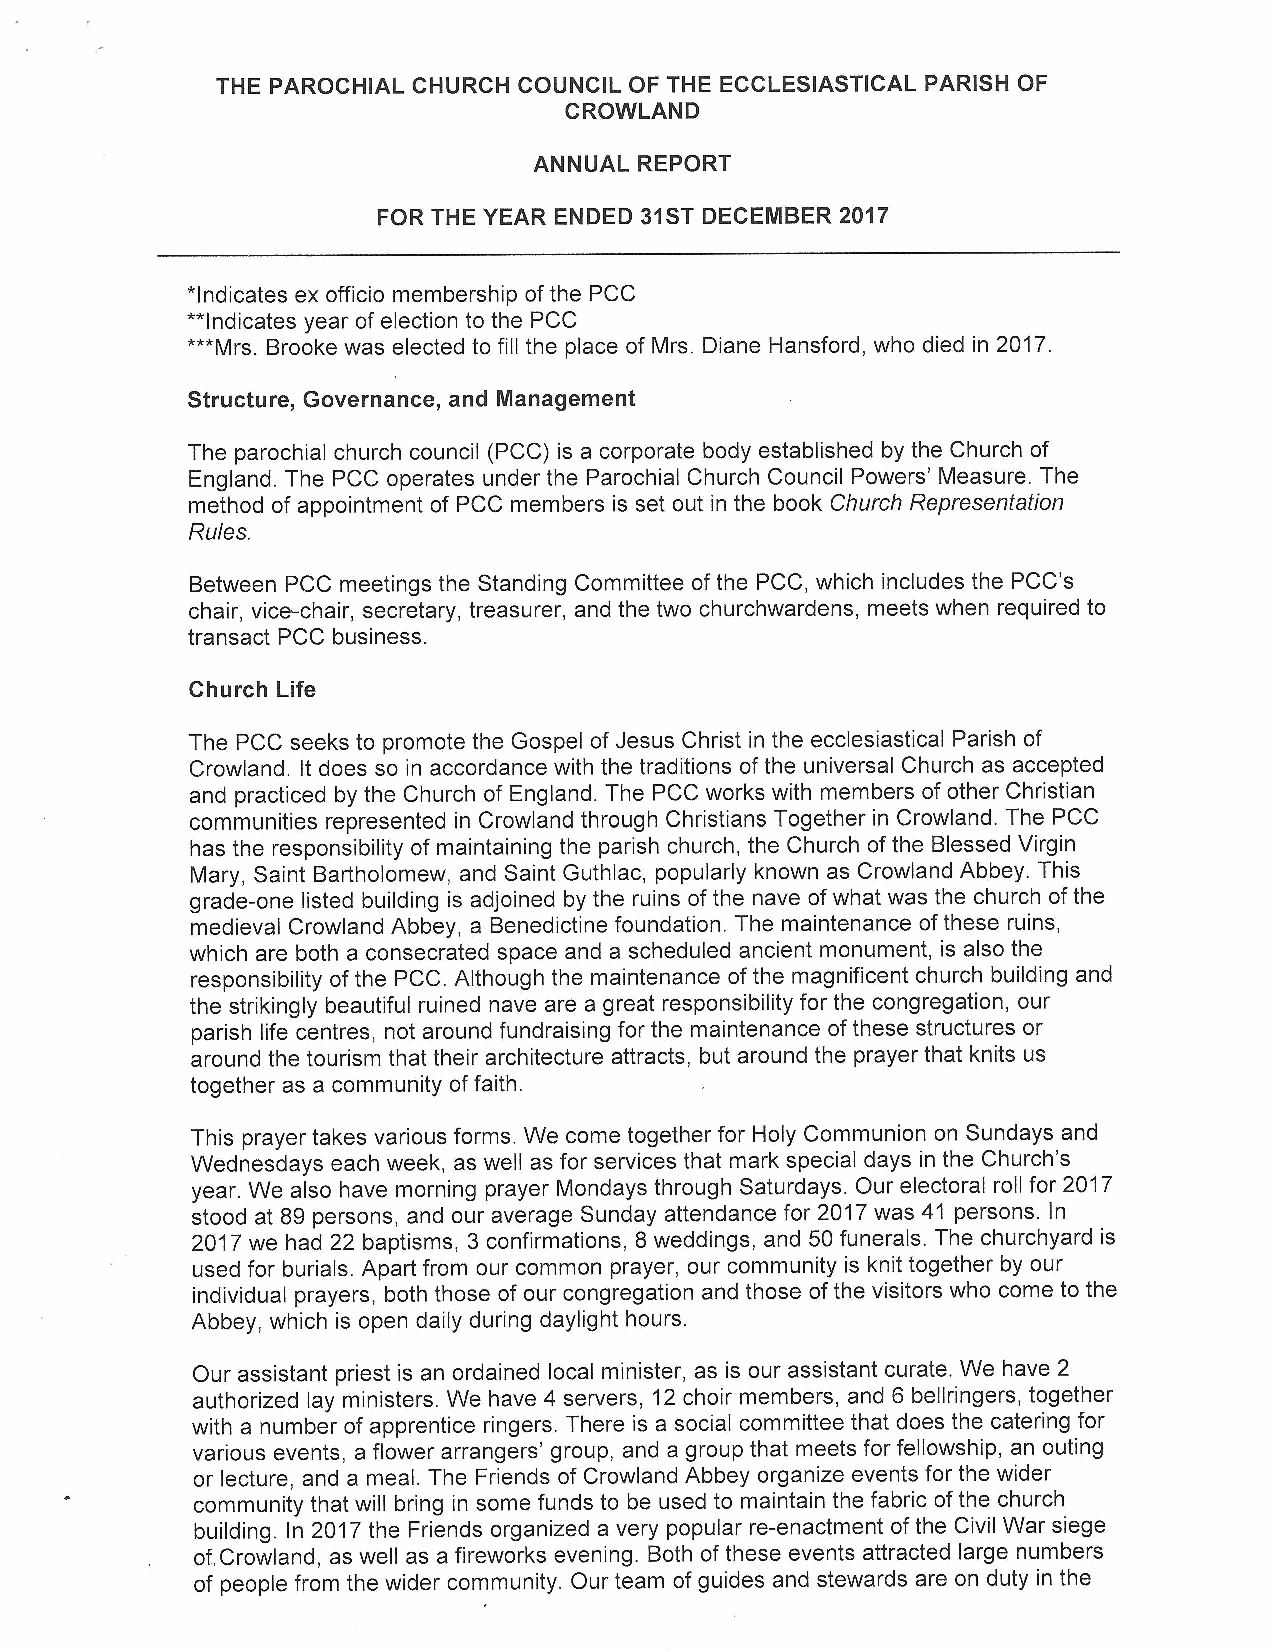
THE PAROCHIAL CHURCH COUNCIL OF THE ECCLESIASTICAL PARISH OF
 CROWLAND
 ANNUAL REPORT
 FOR THE YEAR ENDED 31STDECEMBER 2017
 *Indicates ex officio membership of the PCC
 **Indicates year of election to the PCC
 ***Mrs.Brooke was elected to fill the place of Mrs. Diane Hansford, who died in 2017.
 Structure, Governance, and Management
 The parochial church council (PCC) is a corporate body established by the Church of
 England. The PCC operates under the Parochial Church Council Powers' Measure. The
 method of appointment of PCC members is set out in the book Church Representation
 Ru/es.
 Between PCC meetings the Standing Committee of the PCC, which includes the PCC's
 chair, vice-chair, secretary, treasurer, and the two churchwardens, meets when required to
 transact PCC business.
 Church Life
 The PCC seeks to promote the Gospel of Jesus Christ in the ecclesiastical Parish of
 Crowland. It does so in accordance with the traditions of the universal Church as accepted
 and practiced by the Church of England. The PCC works with members of other Christian
 communities represented in Crowland through Christians Together in Crowland. The PCC
 has the responsibility of maintaining the parish church, the Church ofthe Blessed Virgin
 Mary, Saint Bartholomew, and Saint Guthlac, popularly known as Crowland Abbey. This
 grade-one listed building is adjoined by the ruins of the nave ofwhat was the church ofthe
 medieval Crowland Abbey, a Benedictine foundation. The maintenance ofthese ruins,
 which are both a consecrated space and a scheduled ancient monument, is also the
 responsibility of the PCC. Although the maintenance of the magnificent church building and
 the strikingly beautiful ruined nave are a great responsibility for the congregation, our
 parish life centres, not around fundraising for the maintenance ofthese structures or
 around the tourism that their architecture attracts, but around the prayer that knits us
 together as a community offaith.
 This prayer takes various forms. We come together for Holy Communion on Sundays and
 Wednesdays each week, as well as for services that mark special days in the Church's
 year. We also have morning prayer Mondays through Saturdays. Our electoral roll for 2017
 stood at 89 persons, and our average Sunday attendance for 2017was 41 persons. In
 2017we had 22 baptisms, 3 confirmations, 8 weddings, and 50 funerals. The churchyard is
 used for burials. Apart from our common prayer, our community is knit together by our
 individual prayers, both those of our congregation and those ofthe visitors who come to the
 Abbey, which is open daily during daylight hours.
 Our assistant priest is an ordained local minister, as is our assistant curate. We have 2
 authorized lay ministers. We have 4 servers, 12 choir members, and 6 bellringers, together
 with a number of apprentice ringers. There is a social committee that does the catering for
 various events, a flower arrangers' group, and a group that meets for fellowship, an outing
 or lecture, and a meal. The Friends of Crowland Abbey organize events for the wider
 community that will bring in some funds to be used to maintain the fabric ofthe church
 building. In 2017the Friends organized a very popular re-enactment ofthe Civil War siege
 of.Crowland, as well as a fireworks evening. Both of these events attracted large numbers
 ,
 of people from the wider community. Our team of guides and stewards are on duty in the